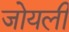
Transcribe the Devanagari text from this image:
जोयली